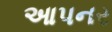
આપનર